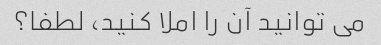
می توانید آن را املا کنید، لطفا؟